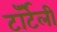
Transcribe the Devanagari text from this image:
टॉर्टेली